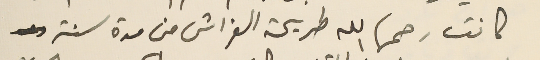
كانت رحمها الله طريحة الفراش من مدة سنة